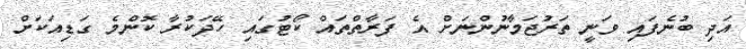
އަދި ބުނެފައި ވަނީ ތަރުޖަމާނުންނަށް އެ ފަރާތްތައް ކޯޓުގައި ހޭދަކުރާ ކޮންމެ ގަޑިއަކަށް